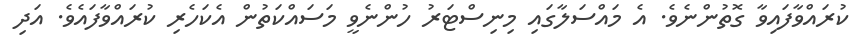
ކުރައްވާފައިވާ ގޮތުންނެވެ. އެ މައްސަލާގައި މިނިސްޓަރު ހުންނެވީ މަސައްކަތުން އެކަހެރި ކުރައްވާފައެވެ. އަދި